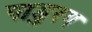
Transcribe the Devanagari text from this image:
पाडुरग